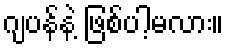
ဂျပန်နဲ့ ဖြစ်ပါ့မလား။